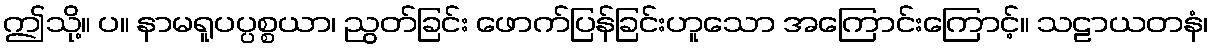
ဤသို့။ ပ။ နာမရူပပ္ပစ္စယာ၊ ညွတ်ခြင်း ဖောက်ပြန်ခြင်းဟူသော အကြောင်းကြောင့်။ သဠာယတနံ၊